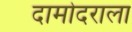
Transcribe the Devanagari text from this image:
दामोदराला